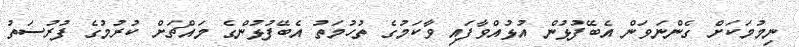
ނިމުމަކަށް ގެންނަވަން އެބޭފުޅުން އުޅުއްވާފައި ވާކަމުގެ ތުހުމަތު އެބޭފުޅުންގެ މައްޗަށް ކުރުމުގެ ފުރުސަތު